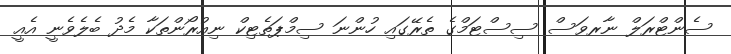
ސެންޓްރަލް ނާރވަސް ސިސްޓަމްގެ ތެރޭގައި ހުންނަ ސިމްޕަތެޓިކް ނިއުރޯންތަކާ މެދު ބެލެވެނީ އެއީ